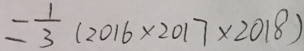
= \frac { 1 } { 3 } ( 2 0 1 6 \times 2 0 1 7 \times 2 0 1 8 )